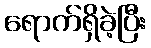
ရောက်ရှိခဲ့ပြီး